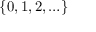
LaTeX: \{ 0 , 1 , 2 , \ldots \}